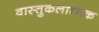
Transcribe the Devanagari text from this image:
वास्तुकलात्मक